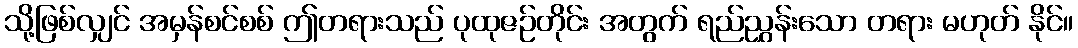
သို့ဖြစ်လျှင် အမှန်စင်စစ် ဤတရားသည် ပုထုဇဉ်တိုင်း အတွက် ရည်ညွှန်းသော တရား မဟုတ် နိုင်။